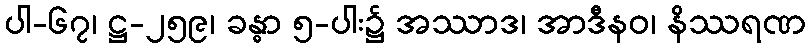
ပါ-၆၇၊ ဋ္ဌ-၂၅၉၊ ခန္ဓာ ၅-ပါး၌ အဿာဒ၊ အာဒီနဝ၊ နိဿရဏ